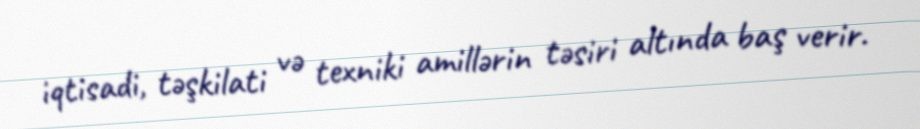
iqtisadi, təşkilati və texniki amillərin təsiri altında baş verir.